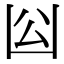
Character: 𠚅